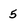
Character: 5